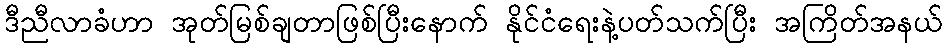
ဒီညီလာခံဟာ အုတ်မြစ်ချတာဖြစ်ပြီးနောက် နိုင်ငံရေးနဲ့ပတ်သက်ပြီး အကြိတ်အနယ်